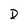
Character: D